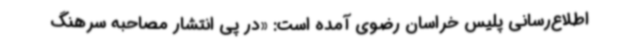
اطلاع‌رسانی پلیس خراسان رضوی آمده است: «در پی انتشار مصاحبه سرهنگ